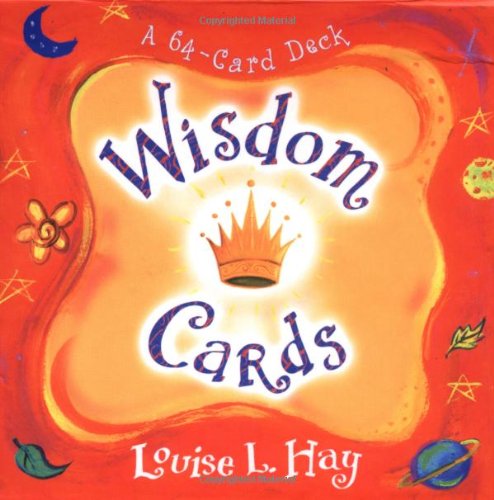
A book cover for Wisdom Cards; Louise Hay; Self-Help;